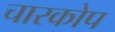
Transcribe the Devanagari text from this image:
चारकोप